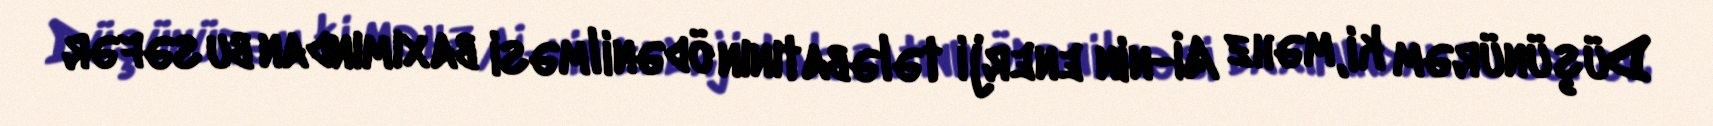
Düşünürəm ki, məhz Aİ-nin enerji tələbatının ödənilməsi baxımından bu səfər